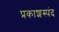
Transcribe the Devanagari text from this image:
प्रकाशस्पंद